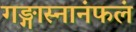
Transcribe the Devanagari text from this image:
गङ्गास्नानंफलं